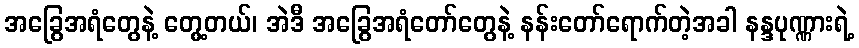
အခြွေအရံတွေနဲ့ တွေ့တယ်၊ အဲဒီ အခြွေအရံတော်တွေနဲ့ နန်းတော်ရောက်တဲ့အခါ နန္ဒပုဏ္ဏားရဲ့